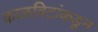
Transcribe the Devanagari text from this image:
काळविटांकडून